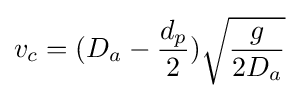
v_{c}=(D_{a}-{\frac {d_{p}}{2}}){\sqrt {\frac {g}{2D_{a}}}}